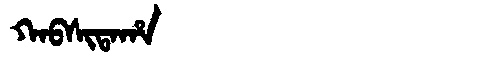
Manchu: ᡴᠠᠪᠰᡳᡨᠠᡥᠠ
Romanization: KABSITAHA